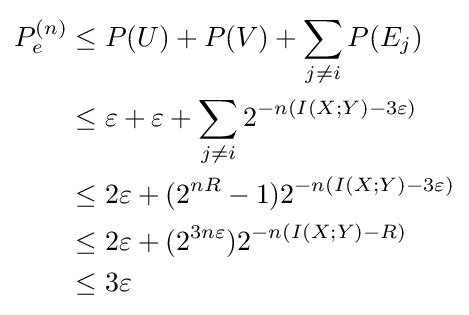
{\begin{aligned}P_{e}^{(n)}&\leq P(U)+P(V)+\sum _{j\neq i}P(E_{j})\\&\leq \varepsilon +\varepsilon +\sum _{j\neq i}2^{-n(I(X;Y)-3\varepsilon )}\\&\leq 2\varepsilon +(2^{nR}-1)2^{-n(I(X;Y)-3\varepsilon )}\\&\leq 2\varepsilon +(2^{3n\varepsilon })2^{-n(I(X;Y)-R)}\\&\leq 3\varepsilon \end{aligned}}